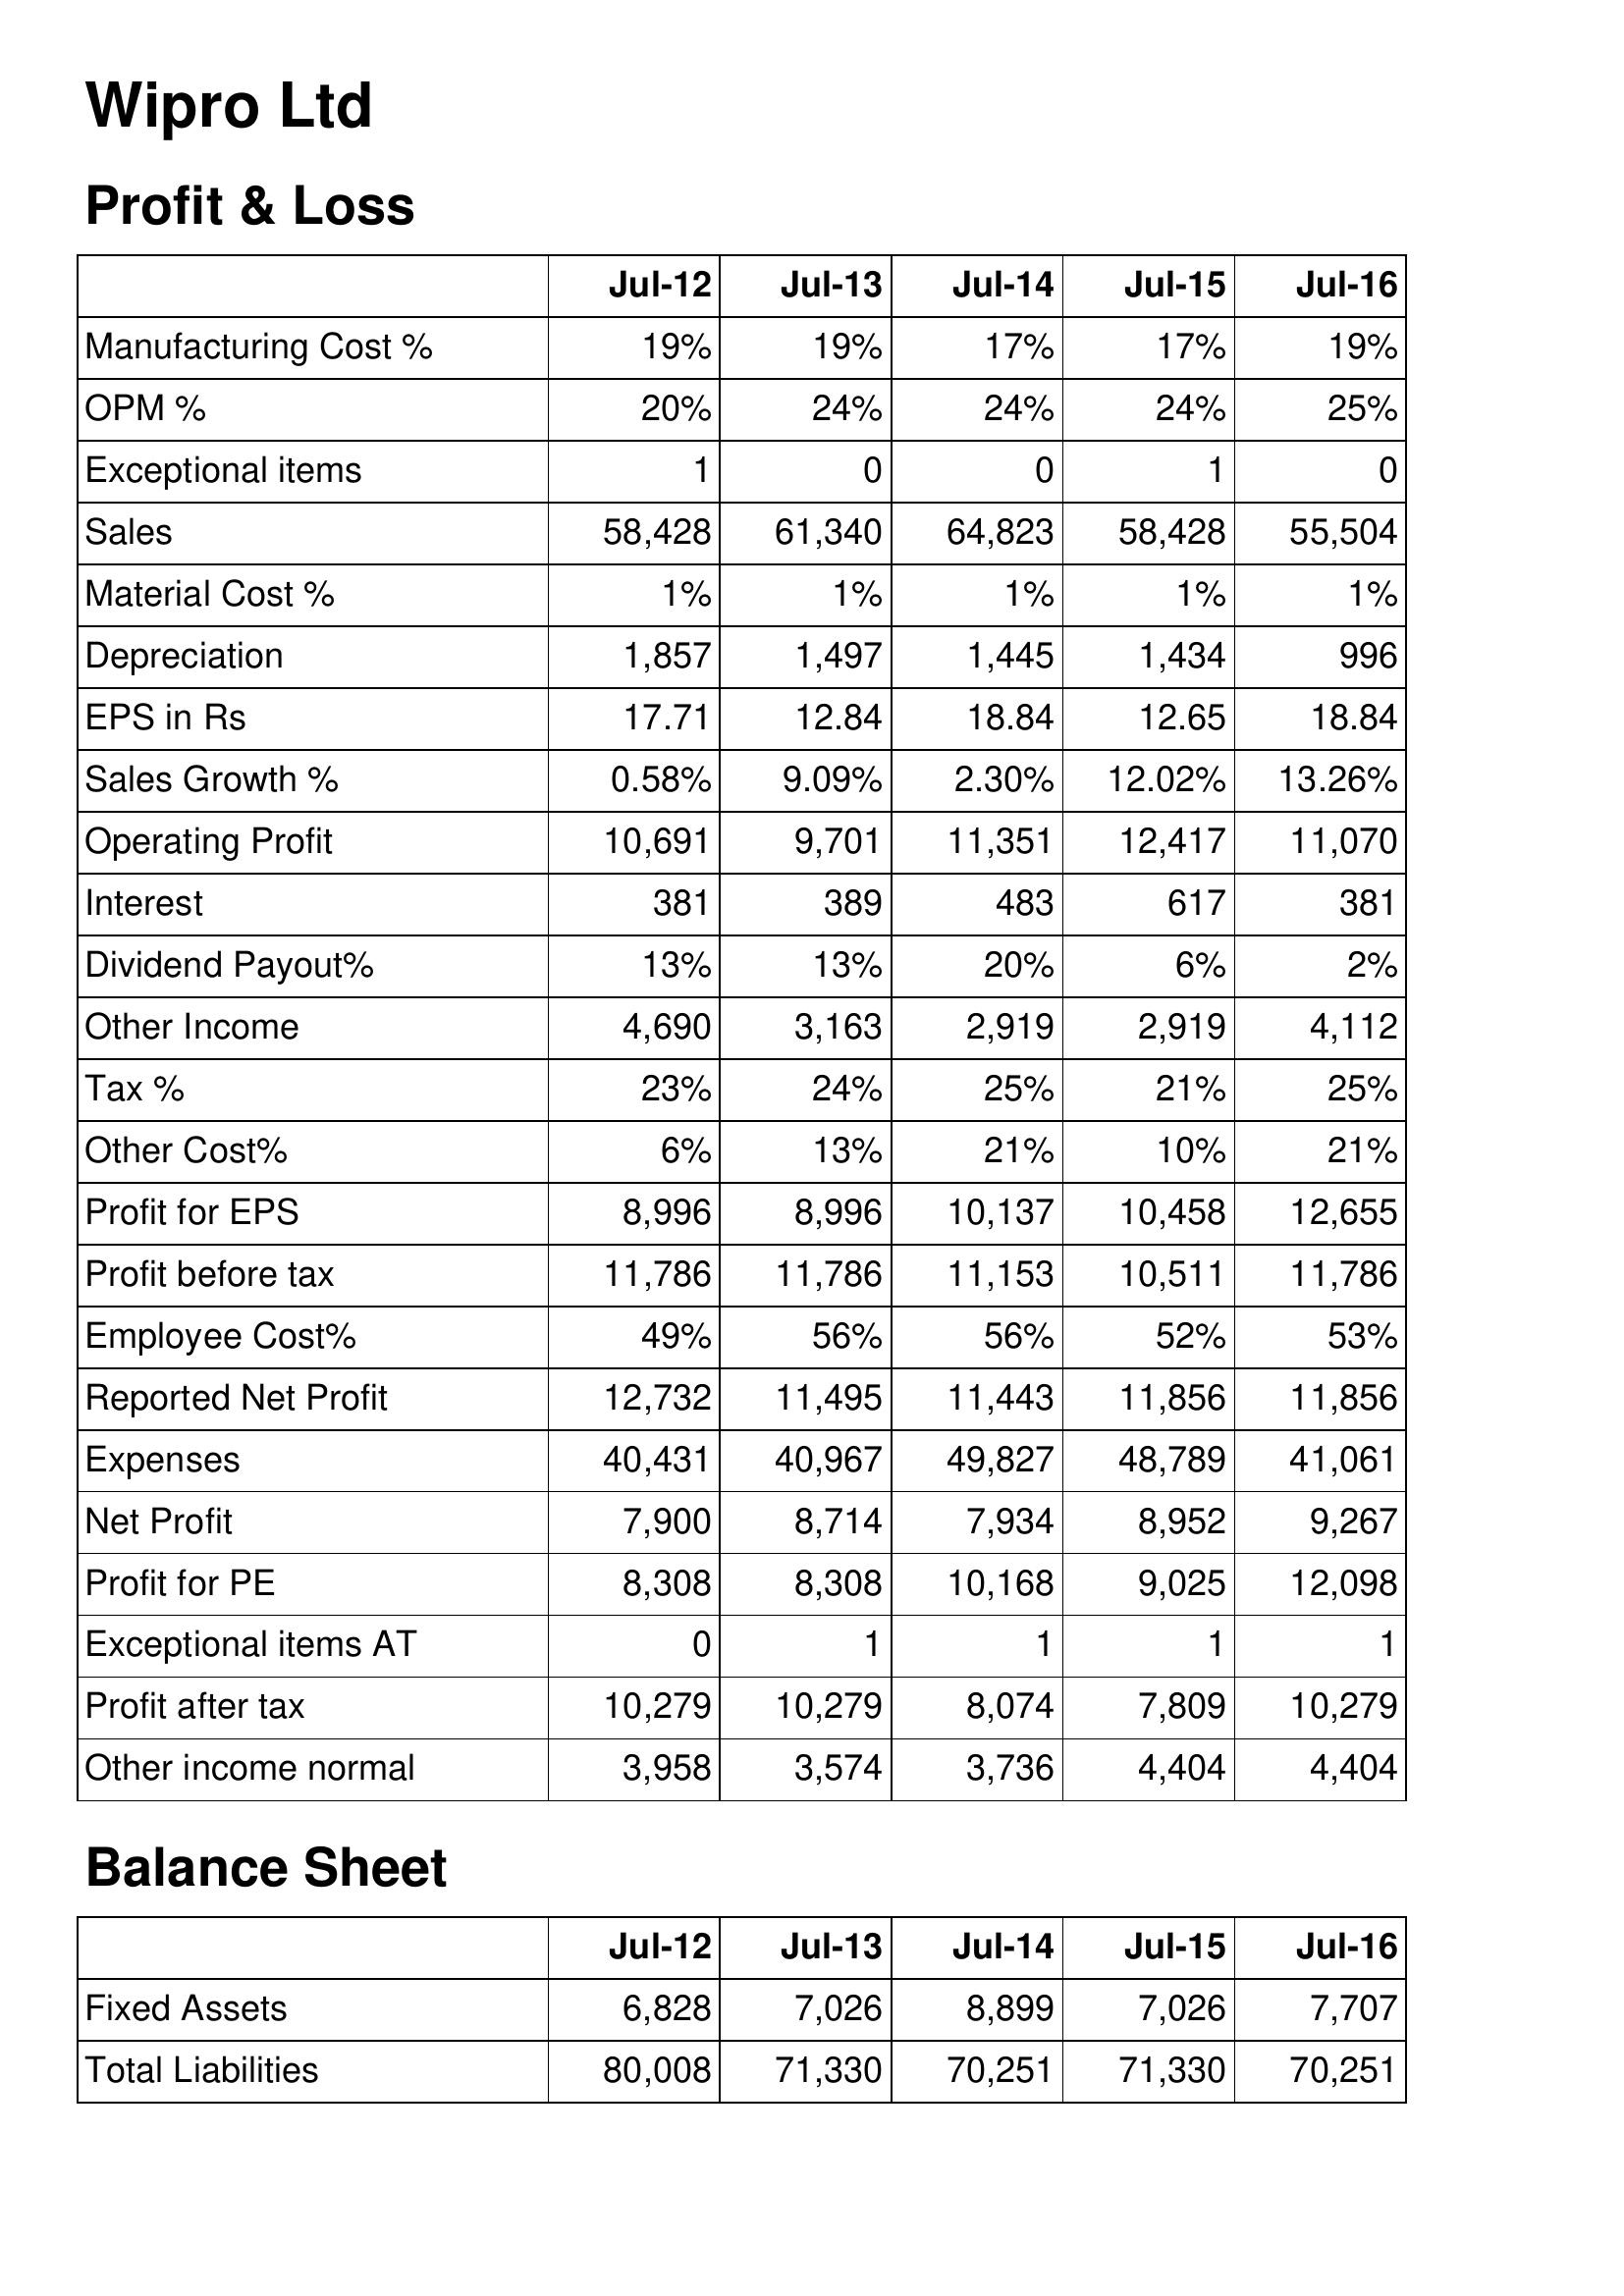
Jul-12: Profit & Loss: Manufacturing Cost %: 19%
OPM %: 20%
Exceptional items: 1
Sales: 58,428
Material Cost %: 1%
Depreciation: 1,857
EPS in Rs: 17.71
Sales Growth %: 0.58%
Operating Profit: 10,691
Interest: 381
Dividend Payout%: 13%
Other Income: 4,690
Tax %: 23%
Other Cost%: 6%
Profit for EPS: 8,996
Profit before tax: 11,786
Employee Cost%: 49%
Reported Net Profit: 12,732
Expenses: 40,431
Net Profit: 7,900
Profit for PE: 8,308
Exceptional items AT: 0
Profit after tax: 10,279
Other income normal: 3,958
Balance Sheet: Fixed Assets: 6,828
Total Liabilities: 80,008
Jul-13: Profit & Loss: Manufacturing Cost %: 19%
OPM %: 24%
Exceptional items: 0
Sales: 61,340
Material Cost %: 1%
Depreciation: 1,497
EPS in Rs: 12.84
Sales Growth %: 9.09%
Operating Profit: 9,701
Interest: 389
Dividend Payout%: 13%
Other Income: 3,163
Tax %: 24%
Other Cost%: 13%
Profit for EPS: 8,996
Profit before tax: 11,786
Employee Cost%: 56%
Reported Net Profit: 11,495
Expenses: 40,967
Net Profit: 8,714
Profit for PE: 8,308
Exceptional items AT: 1
Profit after tax: 10,279
Other income normal: 3,574
Balance Sheet: Fixed Assets: 7,026
Total Liabilities: 71,330
Jul-14: Profit & Loss: Manufacturing Cost %: 17%
OPM %: 24%
Exceptional items: 0
Sales: 64,823
Material Cost %: 1%
Depreciation: 1,445
EPS in Rs: 18.84
Sales Growth %: 2.30%
Operating Profit: 11,351
Interest: 483
Dividend Payout%: 20%
Other Income: 2,919
Tax %: 25%
Other Cost%: 21%
Profit for EPS: 10,137
Profit before tax: 11,153
Employee Cost%: 56%
Reported Net Profit: 11,443
Expenses: 49,827
Net Profit: 7,934
Profit for PE: 10,168
Exceptional items AT: 1
Profit after tax: 8,074
Other income normal: 3,736
Balance Sheet: Fixed Assets: 8,899
Total Liabilities: 70,251
Jul-15: Profit & Loss: Manufacturing Cost %: 17%
OPM %: 24%
Exceptional items: 1
Sales: 58,428
Material Cost %: 1%
Depreciation: 1,434
EPS in Rs: 12.65
Sales Growth %: 12.02%
Operating Profit: 12,417
Interest: 617
Dividend Payout%: 6%
Other Income: 2,919
Tax %: 21%
Other Cost%: 10%
Profit for EPS: 10,458
Profit before tax: 10,511
Employee Cost%: 52%
Reported Net Profit: 11,856
Expenses: 48,789
Net Profit: 8,952
Profit for PE: 9,025
Exceptional items AT: 1
Profit after tax: 7,809
Other income normal: 4,404
Balance Sheet: Fixed Assets: 7,026
Total Liabilities: 71,330
Jul-16: Profit & Loss: Manufacturing Cost %: 19%
OPM %: 25%
Exceptional items: 0
Sales: 55,504
Material Cost %: 1%
Depreciation: 996
EPS in Rs: 18.84
Sales Growth %: 13.26%
Operating Profit: 11,070
Interest: 381
Dividend Payout%: 2%
Other Income: 4,112
Tax %: 25%
Other Cost%: 21%
Profit for EPS: 12,655
Profit before tax: 11,786
Employee Cost%: 53%
Reported Net Profit: 11,856
Expenses: 41,061
Net Profit: 9,267
Profit for PE: 12,098
Exceptional items AT: 1
Profit after tax: 10,279
Other income normal: 4,404
Balance Sheet: Fixed Assets: 7,707
Total Liabilities: 70,251